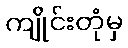
ကျိုင်းတုံမှ